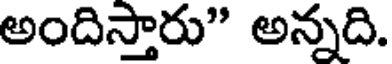
అందిస్తారు" అన్నది.